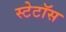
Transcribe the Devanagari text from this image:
स्टेटॉस